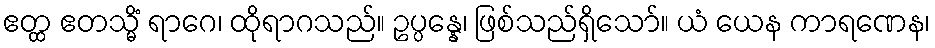
ဧတ္ထ ဧတသ္မိံ ရာဂေ၊ ထိုရာဂသည်။ ဥပ္ပန္နေ၊ ဖြစ်သည်ရှိသော်။ ယံ ယေန ကာရဏေန၊